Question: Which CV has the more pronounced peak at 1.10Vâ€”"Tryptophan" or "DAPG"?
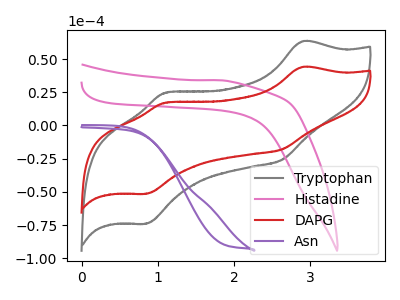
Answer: <think>The gray curve "Tryptophan" has anodic peaks at (2.90V, 63.40uA) (1.10V, 24.65uA) and cathodic peaks at (2.65V, -25.75uA) (0.85V, -73.90uA). The pink curve "Histadine" has no peaks. The red curve "DAPG" has anodic peaks at (2.90V, 44.10uA) (1.10V, 17.15uA) and cathodic peaks at (2.65V, -17.90uA) (0.85V, -51.40uA). The purple curve "Asn" has no peaks.</think>
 <answer>The peak at 1.10V is higher in "Tryptophan" than in "DAPG".</answer>
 <eval>higher</eval>